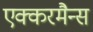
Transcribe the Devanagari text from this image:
एक्करमैन्स